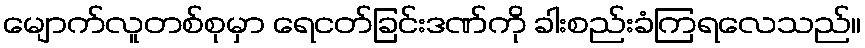
မျောက်လူတစ်စုမှာ ရေငတ်ခြင်းဒဏ်ကို ခါးစည်းခံကြရလေသည်။